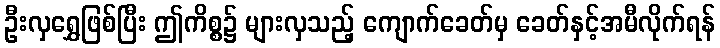
ဦးလှရွှေဖြစ်ပြီး ဤကိစ္စ၌ များလှသည့် ကျောက်ခေတ်မှ ခေတ်နှင့်အမီလိုက်ရန်